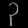
Digit: ၃